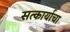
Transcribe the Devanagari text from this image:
सत्कार्याचा